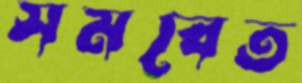
সমবেত